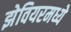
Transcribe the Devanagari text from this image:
झेवियरमध्ये